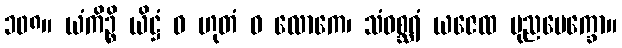
၁၀၈။ ယံကိဉ္စိ ယိဋ္ဌံ ဝ ဟုတံ ဝ လောကေ၊ သံဝစ္ဆရံ ယဇေထ ပုညပေက္ခော။